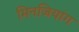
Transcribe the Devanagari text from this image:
मिनजियांग